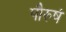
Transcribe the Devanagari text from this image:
पौरुषं